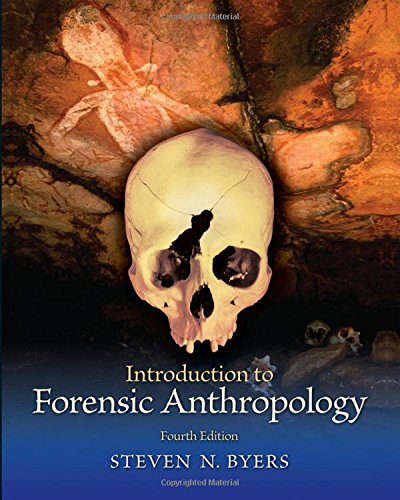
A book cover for Introduction to Forensic Anthropology (Pearson Custom Anthropology); Steven N. Byers; Politics & Social Sciences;